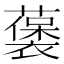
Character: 藵